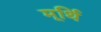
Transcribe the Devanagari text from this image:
मूर्थि